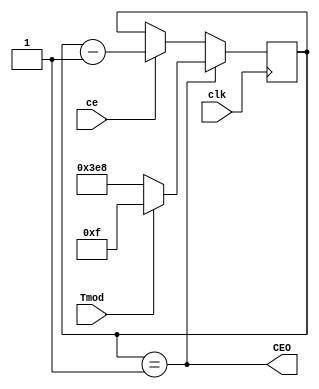
`timescale 1ns / 1ps
//////////////////////////////////////////////////////////////////////////////////
// Company: 
// Engineer: 
// 
// Design Name: 
// Module Name:    Gen_Nms_1s 
// Project Name: 
// Target Devices: 
// Tool versions: 
// Description: 
//
// Dependencies: 
//
// Revision: 
// Revision 0.01 - File Created
// Additional Comments: 
//
//////////////////////////////////////////////////////////////////////////////////
module Gen_Nms_1s(
    input clk,
    input ce,
    input Tmod,
    output wire CEO
    );
parameter N = 15;

reg [9:0] q = 2;
wire TC;
wire [9:0] Nms = Tmod ? N : 1000;
assign CEO = (q == 1);

always @ (posedge clk) begin
q <= CEO ? Nms : ce? q - 1 : q;
end

endmodule